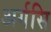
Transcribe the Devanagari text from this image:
अर्गसि